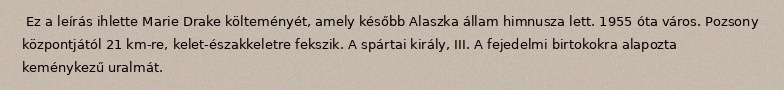
Ez a leírás ihlette Marie Drake költeményét, amely később Alaszka állam himnusza lett. 1955 óta város. Pozsony központjától 21 km-re, kelet-északkeletre fekszik. A spártai király, III. A fejedelmi birtokokra alapozta keménykezű uralmát.